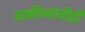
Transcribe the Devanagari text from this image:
बाकीच्यांनीही